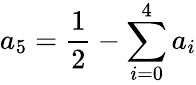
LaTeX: a_{5}=\frac{1}{2}-\sum_{i=0}^{4}a_{i}